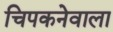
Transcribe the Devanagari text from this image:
चिपकनेवाला